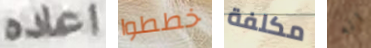
اعاده خططوا مكلفة انه